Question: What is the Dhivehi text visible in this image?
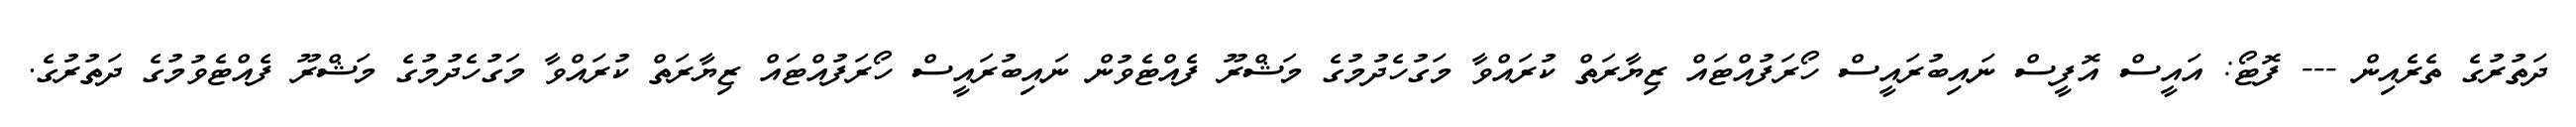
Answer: ދަތުރުގެ ތެރެއިން --- ފޮޓޯ: އައީސް އޮފީސް ނައިބުރައީސް ހޯރަފުއްޓައް ޒިޔާރަތް ކުރައްވާ މަގުހެދުމުގެ މަޝްރޫ ފެއްޓެވުން ނައިބުރައީސް ހޯރަފުއްޓައް ޒިޔާރަތް ކުރައްވާ މަގުހެދުމުގެ މަޝްރޫ ފެއްޓެވުމުގެ ދަތުރުގެ.